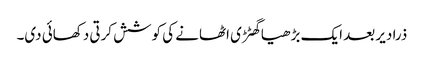
ذرا دیر بعد ایک بڑھیا گھٹڑی اٹھانے کی کوشش کرتی دکھائی دی۔